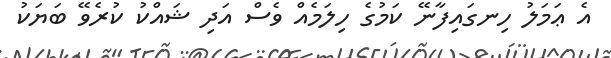
އެ ޢަމަލު ހިނގައިފާނޭ ކަމުގެ ހިލަމެއް ވެސް އަދި ޝައްކު ކުރެވޭ ބަޔަކު